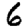
Digit: 6